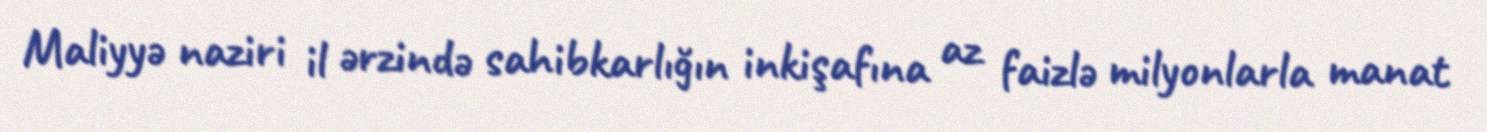
Maliyyə naziri il ərzində sahibkarlığın inkişafına az faizlə milyonlarla manat